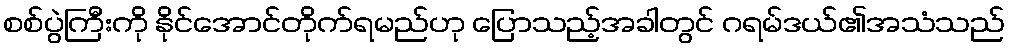
စစ်ပွဲကြီးကို နိုင်အောင်တိုက်ရမည်ဟု ပြောသည့်အခါတွင် ဂရမ်ဒယ်၏အသံသည်